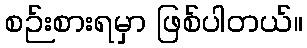
စဉ်းစားရမှာ ဖြစ်ပါတယ်။